Tezpur Lunatic Asylum reports 1895-1904 - 1895-1904
Year: 1895
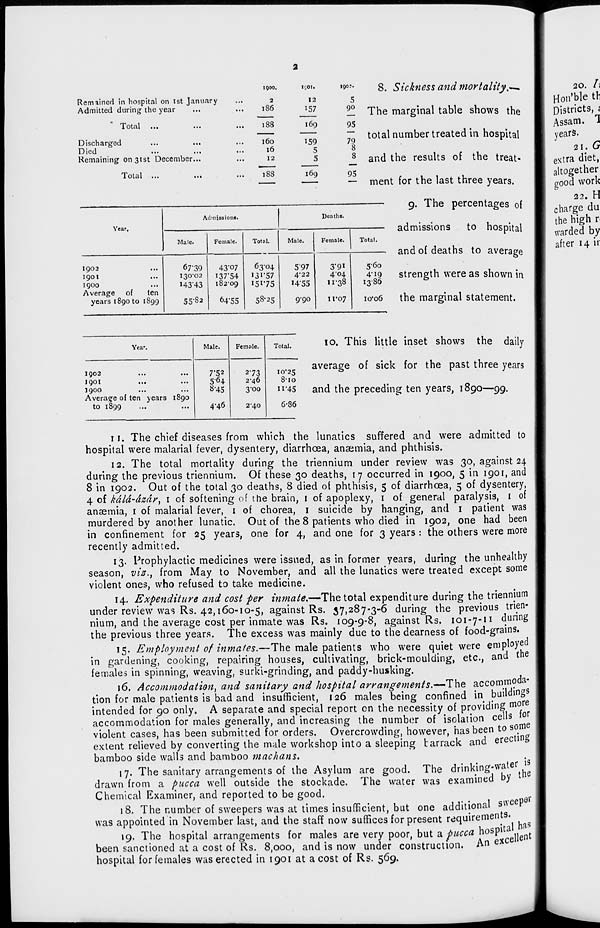
Remained in hospital on ist January
Admitted during the year
Total
Discharged
Died
Remaining 01131st December...
Total ...
...
1900.
2
186
188
1 01.
12
157
...
188
I69
...
160
159
...
16
5
...
12
5
169
Year.
Admission!.
Deaths.
Male.
Female.
Total.
Male.
Female. 1 Total.
I902
igoi
1900
Average of
ten
years 1890 to 1899
67-39
130*02
143-43
55-82
43-07
I37-54
182-09
64-55
63-04
13I-57
15175
58-25
5-97
4 # 22
1455
9-90
3*91
4-04
11-38
xt'07
5-60
4-19
1386
io'o6
,9o;-
8. Sickness and mortality t <—
5
?2 The marginal table shows the
95
~ total number treated in hospital
8
_f_ and the results of the treat-
— ment for the last three years.
9. The percentages of
admissions to hospital
and of deaths to average
strength were as shown in
the marginal statement.
Year.
Male.
Female.
Total.
I902
1901
1900
Average of ten years
to 1899
1890
7-52
564
8-45
4'46
2-73
2-46
3'00
2*40
10*25
810
11-45
6-86
10. This little inset shows the daily
average of sick for the past three years
and the preceding ten years, 1890—99.
11. The chief diseases from which the lunatics suffered and were admitted to
hospital were malarial fever, dysentery, diarrhoea, anaemia, and phthisis.
12. The total mortality during the triennium under review was 30, against 24
during the previous triennium. Of these 30 deaths, 17 occurred in 1900, 5 in 1901, and
8 in 1902. Out of the total 30 deaths, 8 died of phthisis, 5 of diarrhoea, 5 of dysentery,
4 of kdld-dzdr, 1 of softening of the brain, 1 of apoplexy, 1 of general paralysis, 1 of
anaemia, 1 of malarial fever, 1 of chorea, 1 suicide by hanging, and 1 patient was
murdered by another lunatic. Out of the 8 patients who died in 1902, one had been
in confinement for 25 years, one for 4, and one for 3 years : the others were more
recently admitted.
13. Prophylactic medicines were issued, as in former years, during the unhealthy
season, vis., from May to November, and all the lunatics were treated except some
violent ones, who refused to take medicine.
14. Expenditure and cost per inmate.—The total expenditure during the triennium
under review was Rs. 42,160-10-5, against Rs. 37,287-3-6 during the previous trien-
nium, and the average cost per inmate was Rs. 109-9-8, against Rs. 101-7-n during
the previous three years. The excess was mainly due to the dearness of food-grains.
15. Employment of inmates.—The male patients who were quiet were employed
in gardening, cooking, repairing houses, cultivating, brick-moulding, etc., and the
females in spinning, weaving, surki-grinding, and paddy-husking.
16. Accommodation^ and sanitary and hospital arrangements.—The accommoda-
tion for male patients is bad and insufficient, 126 males being confined in buildings
intended for 90 only. A separate and special report on the necessity of providing more
accommodation for males generally, and increasing the number of isolation cells for
violent cases, has been submitted for orders. Overcrowding, however, has been to some
extent relieved by converting the male workshop into a sleeping barrack and erecting
bamboo side walls and bamboo machans.
17. The sanitary arrangements of the Asylum are good. The drinking-water 1
drawn from a pucca well outside the stockade. The water was examined by
Chemical Examiner, and reported to be good.
18. The number of sweepers was at times insufficient, but one additional sweep
was appointed in November last, and the staff now suffices for present requirements.
19. The hospital arrangements for males are very poor, but a pucca hospita
been sanctioned at a cost of Rs. 8,ooo, and is now under construction. An exce
hospital for females was erected in 1901 at a cost of Rs. 569.